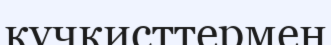
кучкисттермен